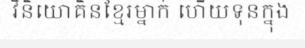
វិនិយោគិនខ្មែរម្នាក់ ហើយទុនក្នុង